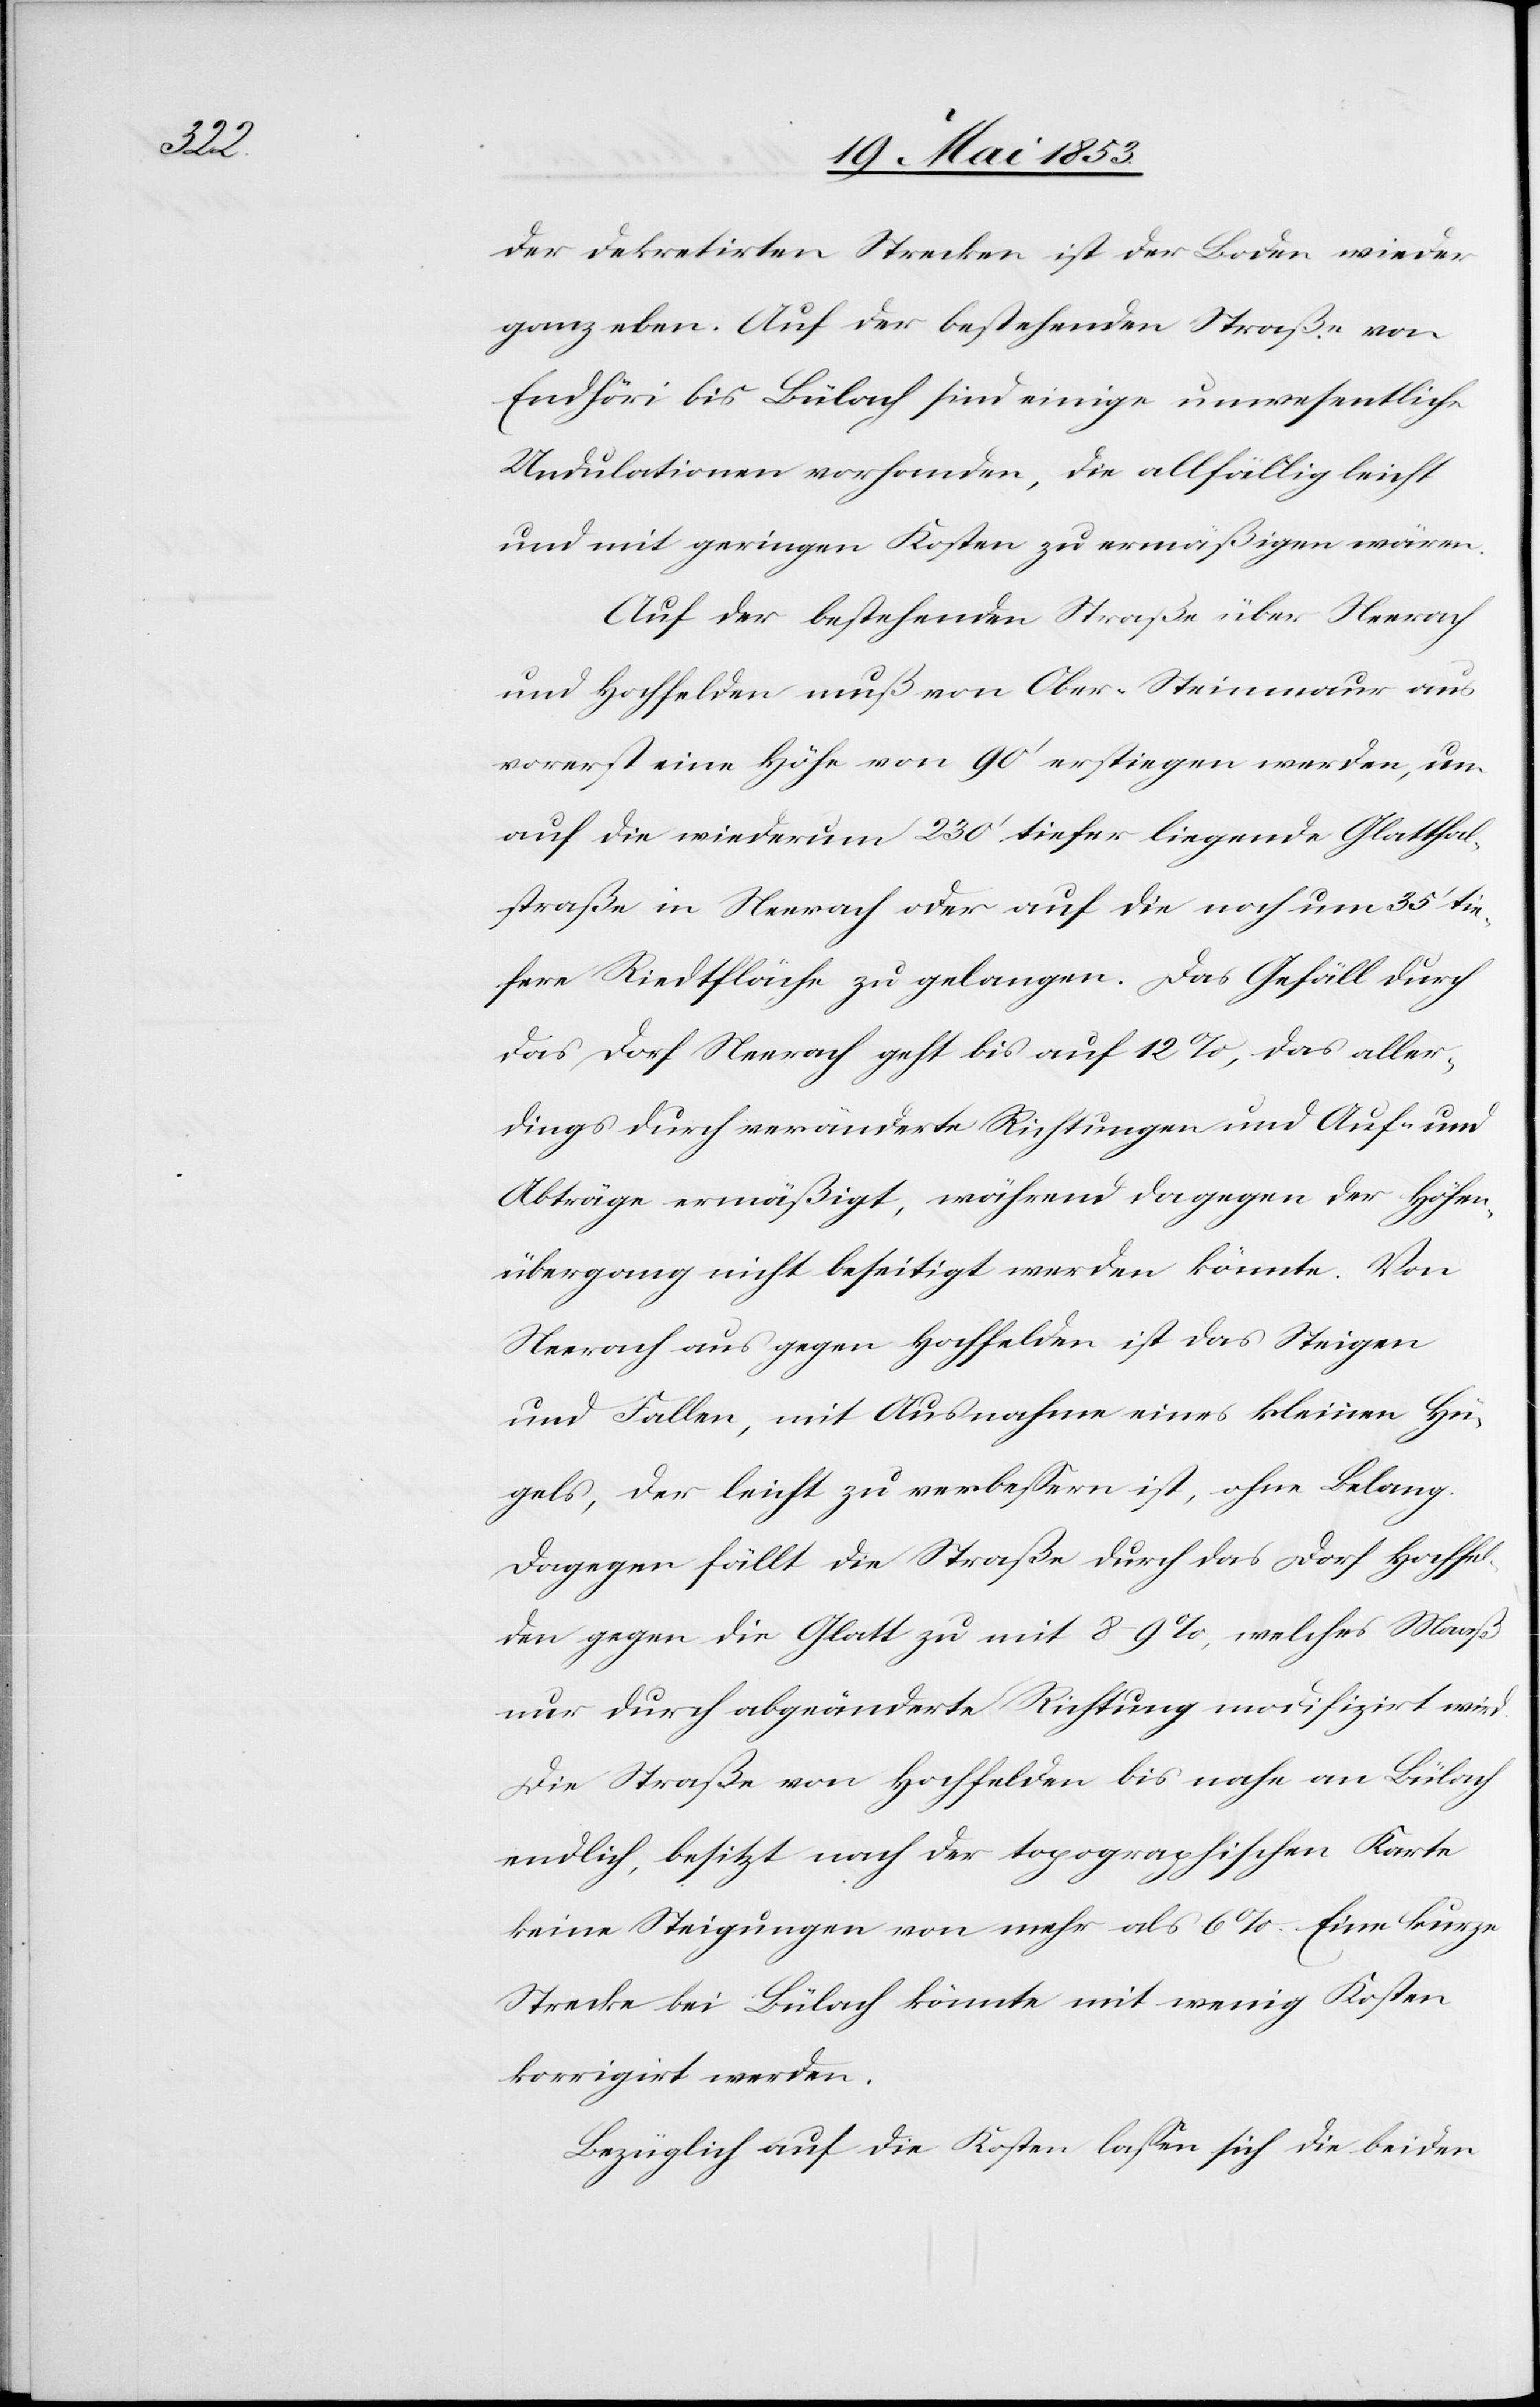
der dekretirten Strecken ist der Boden wieder
ganz oben. Auf der bestehenden Straße von
Endhöri bis Bülach sind einige unwesentliche
Undulationen vorhanden, die allfällig leicht
und mit geringen Kosten zu ermäßigen wären.
Auf der bestehenden Straße über Neerach
und Hochfelden muß von Ober-Steinmaur aus
vorerst eine Höhe von 90’ erstiegen werden, um
auf die wiederum 230’ tiefer liegende Glatthal¬
straße in Neerach oder auf die noch um 35’ tie¬
fere Riedtfläche zu gelangen. Das Gefäll durch
das Dorf Neerach geht bis auf 12 %, das aller¬
dings durch veränderte Richtungen und Auf- und
Abträge ermäßigt, während dagegen der Höhen¬
übergang nicht beseitigt werden könnte. Von
Neerach aus gegen Hochfelden ist das Steigen
und Fallen, mit Ausnahme eines kleinen Hü¬
gels, der leicht zu verbeßern ist, ohne Belang.
Dagegen fällt die Straße durch das Dorf Hochfel¬
den gegen die Glatt zu mit 8–9%, welches Maaß
nur durch abgeänderte Richtung modifzirt wird.
Die Straße von Hochfelden bis nahe an Bülach
endlich, besitzt nach der topographischen Karte
keine Steigungen von mehr als 6 %. Eine kurze
Strecke bei Bülach könnte mit wenig Kosten
korrigirt werden.
Bezüglich auf die Kosten laßen sich die beiden